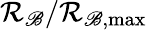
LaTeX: \mathcal{R}_{\mathscr{B}}/\mathcal{R}_{\mathscr{B},\operatorname*{max}}